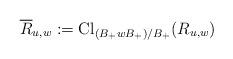
LaTeX: \begin{align*}\overline{R}_{u,w} := \mathrm{Cl}_{(B_+ w B_+)/B_+} (R_{u,w})\end{align*}